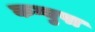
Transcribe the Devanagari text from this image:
कग्युपा